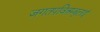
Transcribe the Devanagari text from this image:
जगतपवित्रम्बुलाई